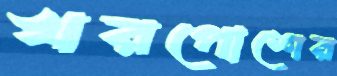
খরপোশের